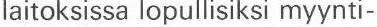
laitoksissa lopullisiksi myynti-